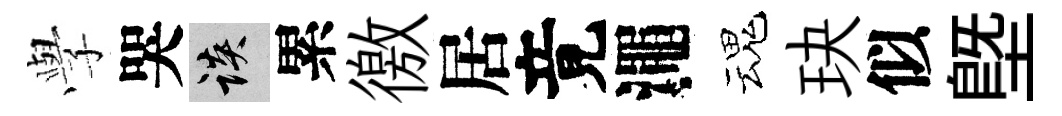
𫝯哭談累徼居竟澠魂玦似塈